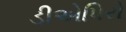
ડીએપિરો